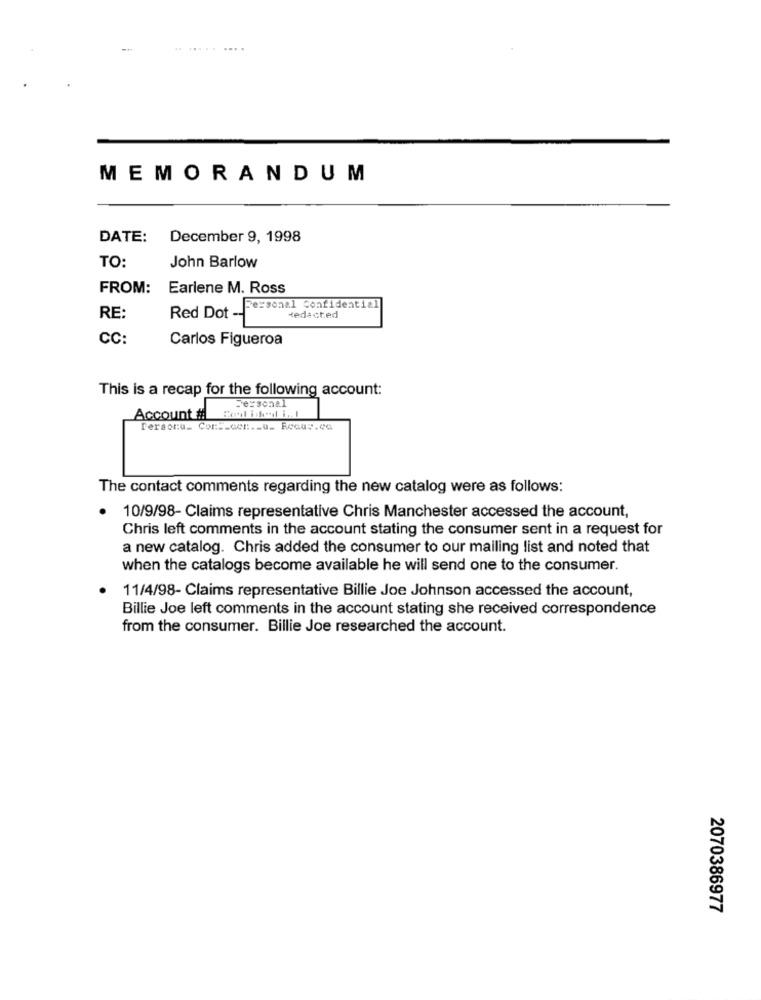
.. ..... ....
MEMORANDUM
DATE:
December 9, 1998
TO:
John Barlow
FROM:
Earlene M. Ross
Personal Confidential
RE:
Red Dot --
Hedacted
CC:
Carlos Figueroa
This is a recap for the following account:
Personal
Account # Red ided i. I
Account #
Fersoru_ Cor __ cer .- u_ Reous.ca
The contact comments regarding the new catalog were as follows:
.
10/9/98- Claims representative Chris Manchester accessed the account,
Chris left comments in the account stating the consumer sent in a request for
a new catalog. Chris added the consumer to our mailing list and noted that
when the catalogs become available he will send one to the consumer.
11/4/98- Claims representative Billie Joe Johnson accessed the account,
Billie Joe left comments in the account stating she received correspondence
from the consumer. Billie Joe researched the account.
2070386977